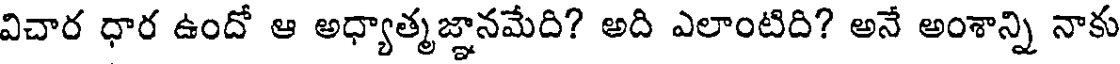
విచార ధార ఉందో ఆ అధ్యాత్మజ్ఞానమేది? అది ఎలాంటిది? అనే అంశాన్ని నాకు